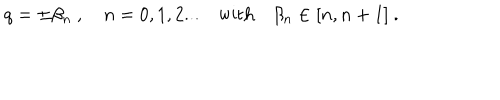
q = \pm \beta _ { n } \ , \quad n = 0 , 1 , 2 . . . \quad \mathrm { w i t h } \quad \beta _ { n } \in [ n , n + 1 ] \ .